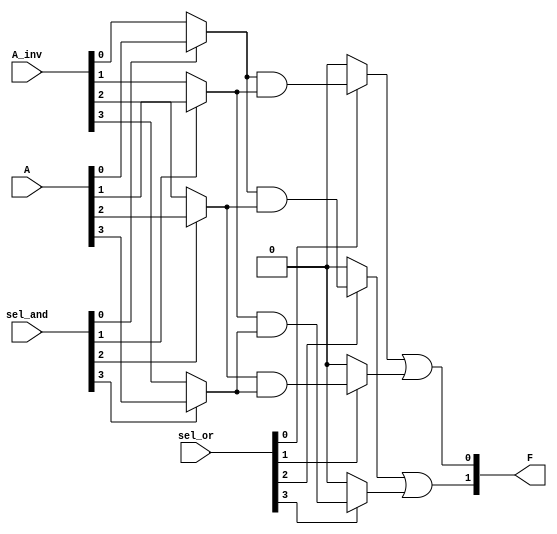
module PLA (
    input wire [3:0] A,      // 4-bit input (A1, A2, A3, A4)
    input wire [3:0] A_inv,  // Inverted inputs (not A1, not A2, not A3, not A4)
    input wire [3:0] sel_and, // Selection for AND gates
    input wire [3:0] sel_or,  // Selection for OR gates
    output wire [1:0] F       // 2 outputs (F1, F2)
);

// AND gate outputs (product terms)
wire P1, P2, P3, P4;

// AND gates implementation
assign P1 = (sel_and[0] ? A[0] : A_inv[0]) & (sel_and[1] ? A[1] : A_inv[1]);
assign P2 = (sel_and[2] ? A[2] : A_inv[2]) & (sel_and[3] ? A[3] : A_inv[3]);
assign P3 = (sel_and[0] ? A[0] : A_inv[0]) & (sel_and[2] ? A[2] : A_inv[2]);
assign P4 = (sel_and[1] ? A[1] : A_inv[1]) & (sel_and[3] ? A[3] : A_inv[3]);

// OR gate outputs
assign F[0] = (sel_or[0] ? P1 : 1'b0) | (sel_or[1] ? P2 : 1'b0);
assign F[1] = (sel_or[2] ? P3 : 1'b0) | (sel_or[3] ? P4 : 1'b0);

endmodule